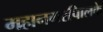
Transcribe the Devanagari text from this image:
महानगरपािलके